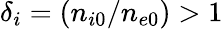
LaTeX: \delta_{i}=(n_{i0}/n_{e0})>1